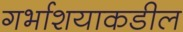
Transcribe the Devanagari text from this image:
गर्भाशयाकडील